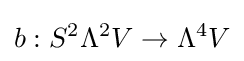
b:S^{2}\Lambda ^{2}V\to \Lambda ^{4}V